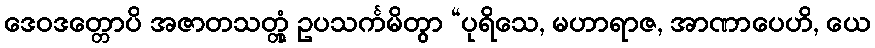
ဒေဝဒတ္တောပိ အဇာတသတ္တုံ ဥပသင်္ကမိတွာ “ပုရိသေ, မဟာရာဇ, အာဏာပေဟိ, ယေ